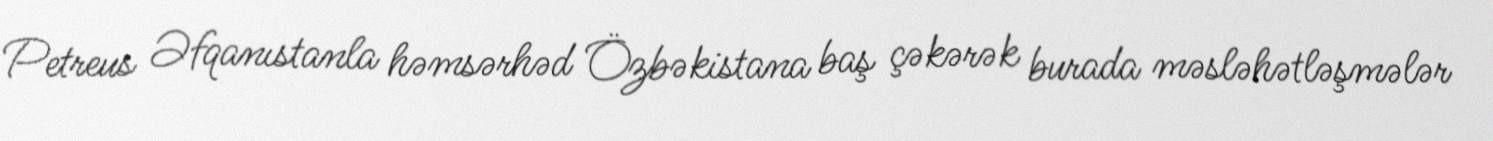
Petreus Əfqanıstanla həmsərhəd Özbəkistana baş çəkərək burada məsləhətləşmələr